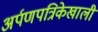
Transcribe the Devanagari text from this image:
अर्पणपत्रिकेखाली